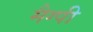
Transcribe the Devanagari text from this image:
मैग्पी